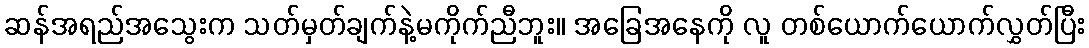
ဆန်အရည်အသွေးက သတ်မှတ်ချက်နဲ့မကိုက်ညီဘူး။ အခြေအနေကို လူ တစ်ယောက်ယောက်လွှတ်ပြီး